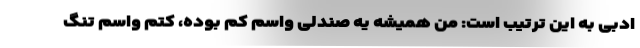
ادبی به این ترتیب است: من همیشه یه صندلی واسم کم بوده، کتم واسم تنگ